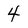
Character: 4